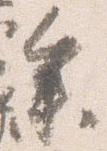
参